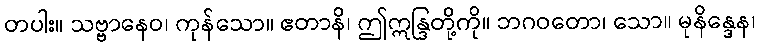
တပါး။ သဗ္ဗာနေဝ၊ ကုန်သော။ ဧတာနိ၊ ဤဣန္ဒြတို့ကို။ ဘဂဝတော၊ သော။ မုနိန္ဒေန၊